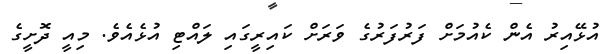
އުޅޭއިރު އެން ކެއުމަށް ފަރުފަރުގެ ވަރަށް ކައިރީގައި ލައްޓި އުޅެއެވެ. މިއީ ދޮށީގެ